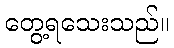
တွေ့ရသေးသည်။